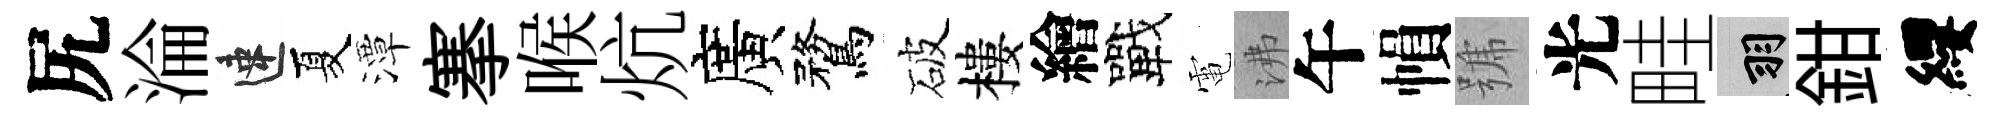
尻淪速夏潭搴喉炕廣鶩破樓繪戰電沸午𢄙號光畦羽鉗纓